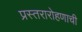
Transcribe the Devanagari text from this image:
प्रस्तरारोहणाची